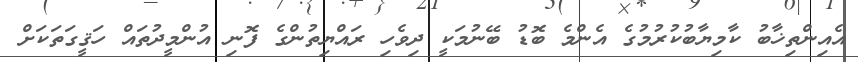
އެއިންތިޚާބު ކާމިޔާބުކުރުމުގެ އެންމެ ބޮޑު ބޭނުމަކީ ދިވެހި ރައްޔިތުންގެ ފޮނި އުންމީދުތައް ހަޤީގަތަކަށް